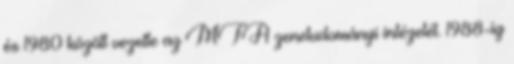
és 1980 között vezette az MTA zenetudományi intézetét. 1988-ig